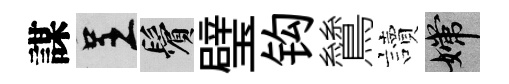
謀呈鬢璧钩鷥讀嫦